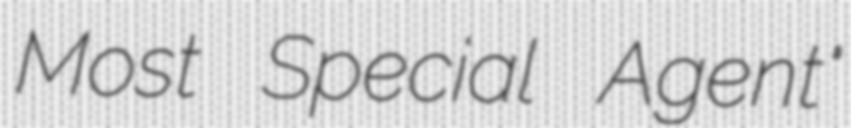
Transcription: Most Special Agent"